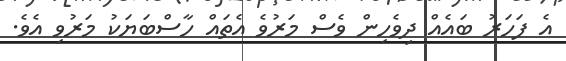
އެ ފަހަރު ބައެއް ދިވެހިން ވެސް މަރުވެ އެތައް ހާސްބަޔަކު މަރުވި އެވެ.